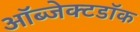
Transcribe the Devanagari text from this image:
ऑब्जेक्टडॉक